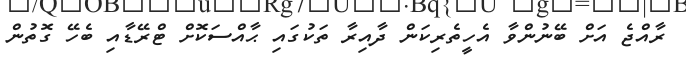
ރާއްޖެ އަށް ބޭނުންވާ އެހީތެރިކަން ދާއިރާ ތަކުގައި ޙާއްސަކޮށް ޓްރޭޑާއި ބެހޭ ގޮތުން